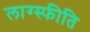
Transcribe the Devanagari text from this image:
लाग्स्फीति